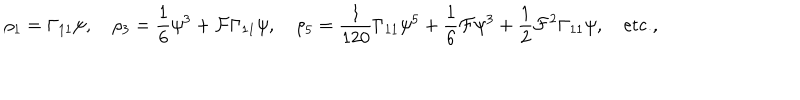
LaTeX: \rho _ { 1 } = \Gamma _ { 1 1 } \psi , \quad \rho _ { 3 } = { \frac { 1 } { 6 } } \psi ^ { 3 } + { \cal F } \Gamma _ { 1 1 } \psi , \quad \rho _ { 5 } = { \frac { 1 } { 1 2 0 } } \Gamma _ { 1 1 } \psi ^ { 5 } + { \frac { 1 } { 6 } } { \cal F } \psi ^ { 3 } + { \frac { 1 } { 2 } } { \cal F } ^ { 2 } \Gamma _ { 1 1 } \psi , \quad \mathrm { e t c . } ,